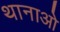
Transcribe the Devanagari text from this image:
थानाओ